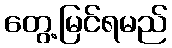
တွေ့မြင်ရမည်